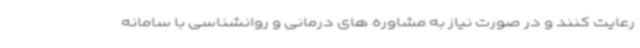
رعایت کنند و در صورت نیاز به مشاوره های درمانی و روانشناسی با سامانه